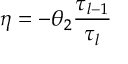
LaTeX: \eta = - \theta _ { 2 } { \frac { \tau _ { l - 1 } } { \tau _ { l } } }